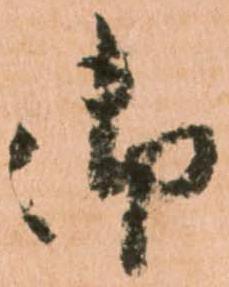
御